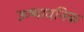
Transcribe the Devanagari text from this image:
ऊष्मायनिक